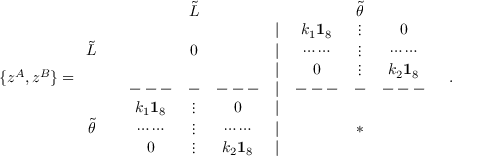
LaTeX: \{ z ^ { A } , z ^ { B } \} = \begin{array} { c c c c c c c c c c } { { } } & { { } } & { { } } & { { \tilde { L } } } & { { } } & { { } } & { { } } & { { \tilde { \theta } } } \\ { { } } & { { \vline } } & { { } } & { { } } & { { } } & { { | } } & { { k _ { 1 } { \bf 1 } _ { 8 } } } & { { \vdots } } & { { 0 } } & { { \vline } } \\ { { \tilde { L } } } & { { \vline } } & { { } } & { { 0 } } & { { } } & { { | } } & { { \cdots \cdots } } & { { \vdots } } & { { \cdots \cdots } } & { { \vline } } \\ { { } } & { { \vline } } & { { } } & { { } } & { { } } & { { | } } & { { 0 } } & { { \vdots } } & { { k _ { 2 } { \bf 1 } _ { 8 } } } & { { \vline } } \\ { { } } & { { \vline } } & { { - - - } } & { { - } } & { { - - - } } & { { | } } & { { - - - } } & { { - } } & { { - - - } } & { { \vline } } \\ { { } } & { { \vline } } & { { k _ { 1 } { \bf 1 } _ { 8 } } } & { { \vdots } } & { { 0 } } & { { | } } & { { } } & { { } } & { { } } & { { \vline } } \\ { { \tilde { \theta } } } & { { \vline } } & { { \cdots \cdots } } & { { \vdots } } & { { \cdots \cdots } } & { { | } } & { { } } & { { * } } & { { } } & { { \vline } } \\ { { } } & { { \vline } } & { { 0 } } & { { \vdots } } & { { k _ { 2 } { \bf 1 } _ { 8 } } } & { { | } } & { { } } & { { } } & { { } } & { { \vline } } \end{array} .